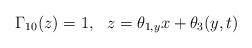
LaTeX: \begin{align*}\Gamma_{10}(z)=1,\ \ z=\theta_{1,y}x+\theta_{3}(y,t) \end{align*}